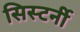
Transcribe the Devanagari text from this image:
सिस्टर्नी